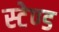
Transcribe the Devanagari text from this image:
स्‍टेण्‍ड